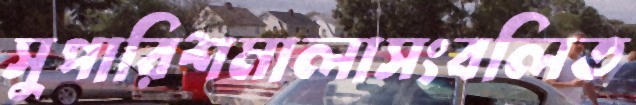
সুপারিশমালাসংবলিত